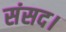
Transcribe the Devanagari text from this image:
संसद।